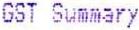
GST SUMMARY